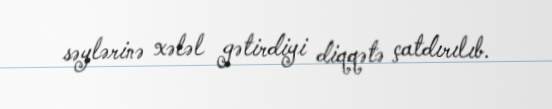
səylərinə xələl gətirdiyi diqqətə çatdırılıb.